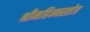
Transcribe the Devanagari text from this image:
श्रीमहिम्नस्तोत्र